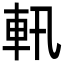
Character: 軐